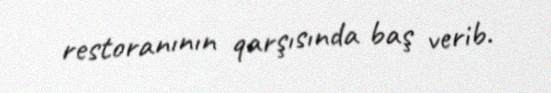
restoranının qarşısında baş verib.